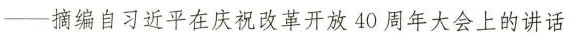
--摘编自习近平在庆祝改革开放40周年大会上的讲话